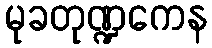
မုခတုဏ္ဍကေန